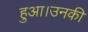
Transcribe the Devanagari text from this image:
हुआ।उनकी